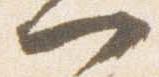
門